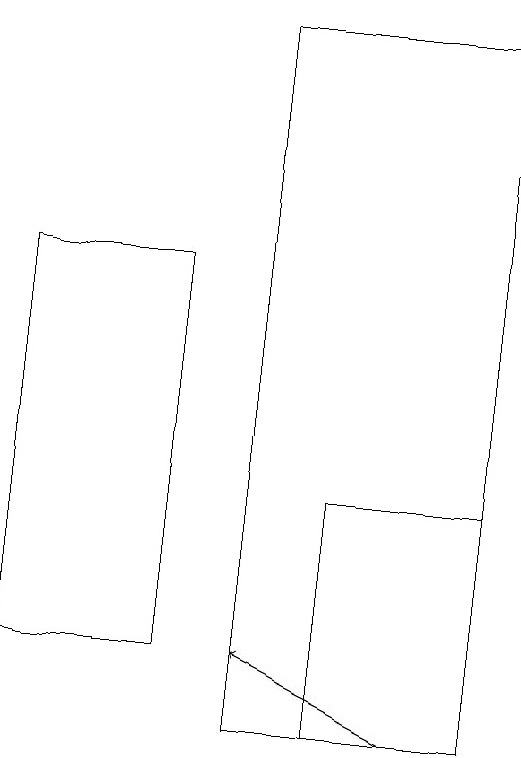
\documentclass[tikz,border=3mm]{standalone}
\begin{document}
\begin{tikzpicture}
\draw (3,16) rectangle (5,11);
\draw (9,10) rectangle (6,19);
\draw[->] (8,10) -- (6,11);
\draw (9,13) rectangle (7,10);
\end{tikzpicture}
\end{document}